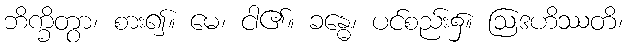
ဘိက္ခိတွာ၊ စား၍။ မေ၊ ငါ၏။ ခန္ဓေ၊ ပင်စည်း၌။ ဩဒဟိဿတိ၊